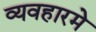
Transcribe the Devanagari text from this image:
व्यवहारमे